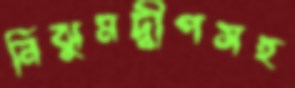
নিঝুমদ্বীপসহ